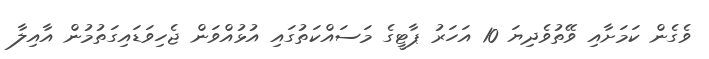
ވެގެން ކަމަށާއި ވޭތުވެދިޔަ 10 އަހަރު ޕާޓީގެ މަސައްކަތުގައި އުޅުއްވަން ޖެހިވަޑައިގަތުމުން އާއިލާ